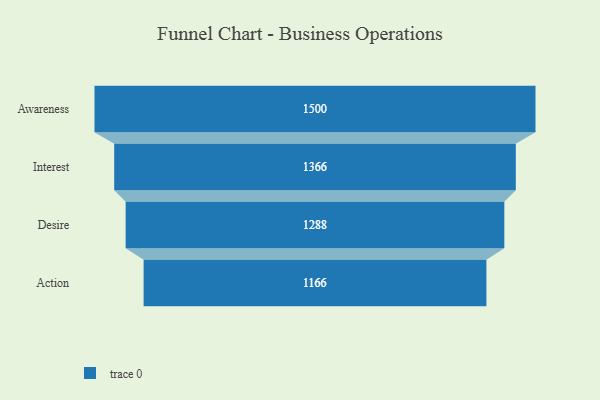
{"axis": {"x": "Stage", "y": "Value"}, "legend": [""], "data": [{"x": "Awareness", "y": 1500.0, "type": ""}, {"x": "Interest", "y": 1366.0, "type": ""}, {"x": "Desire", "y": 1288.0, "type": ""}, {"x": "Action", "y": 1166.0, "type": ""}]}